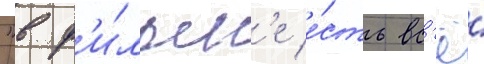
"в ф'и́льм'е е́сть вс'ё́